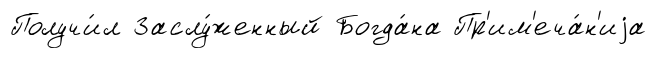
Получи́л Заслу́женный Богда́на Пр'им'еча́н'иjа